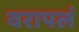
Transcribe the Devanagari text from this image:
वरापलं